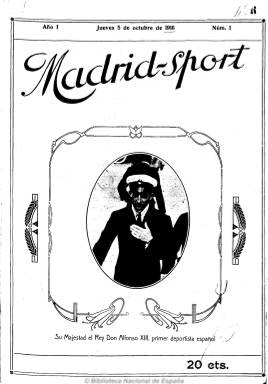
Título: Madrid-sport (Madrid)
Otros títulos: Madrid sport || Madrid sport
Colección: Deportes
Ámbito geográfico: Madrid
Lugar de publicación: Madrid
Fechas: 05/10/1916-25/12/1924

Semanario deportivo (salía los jueves) que se publica durante casi nueve años, entre el cinco de octubre de 1916 y el 25 de diciembre de 1924, en un momento en el que los periódicos y revistas de este tipo –que se decían profesionales- se multiplicaban en España. Sin embargo, fue fundado por cuatro jóvenes que se proclamaron “amateurs”, es decir, “no profesionales”, cuyo objetivo era difundir la afición, desarrollo y ejercicio de la cultura física y el sport, término de procedencia anglosajona que se había instalado en la sociedad y la prensa española en las primeras dos décadas del siglo veinte.

Como revista ilustrada de deportes, en su primera cubierta –todas ellas fueron ocupadas por un fotograbado y estampada la tipografía a dos tintas- aparece el rey Alfonso XIII, con el pie de texto que indica que se trata del “primer deportista español”. Pretendió también dedicar páginas al turismo y al “gran mundo”, sin conseguirlo, así como “conquistar” para el deporte al público femenino. Sus entregas comenzaron siendo de 24 páginas, con algunas otras fotografías de deportes y caricaturas (Gente conocida) en sus páginas interiores, compuestas estas a dos columnas. Mantuvo a lo largo de su existencia su principal sección bajo el anglicismo Football y otras aparecieron bajo los epígrafes Lawn-Tennis y Base-ball, en un momento en el que se debatía sobre la castellanización de estos términos, como es el caso, precisamente, del artículo que publica en su número 74.

Cada entrega comienza con un editorial o artículo de fondo sobre el fenómeno deportivo y la rápida evolución y controversias que estaba experimentando, y a través de reportajes, comentarios, entrevistas y noticias, informa de otros deportes, como el hipismo (hípica), automovilismo, motorismo, ciclismo, natación, atletismo o boxeo. Da cuenta de los partidos de fútbol, de concursos oficiales, de las sociedades, clubes y federaciones deportivas. También llega a tener las secciones Ecos deportivos y Última hora, con breves noticias. Indica que cuenta con corresponsales en París, Londres, Lisboa, St. Gall (Suiza) y Bolonia (Italia), además de en las provincias españolas.

Entre sus redactores o colaboradores se encuentran los nombres de Ricardo Menéndez Rocamora, Leonardo Ordoño (que aparecerá como director en la cabecera durante unos meses), Manuel Bernar, J. Mateos (que aparecerá también durante un tiempo como redactor-jefe, al igual que P. Hernández), José Senén de la Fuente y Juan López García. Éste utilizaba el seudónimo Balompédico, siendo muy usual la firma de los textos con alias, como Horcius, Crairs, Tack o Claridades, entre otros muchos. También aparece alguna que otra colaboración de periodistas deportivos ya consagrados, como es el caso del entonces director de El mundo deportivo (1906), Narciso Masferrer (1867-1941).

Resalta de esta publicación el hecho de que muy pronto –y hasta el final- aparezcan bajo su cabecera los nombres de Julio Chulilla Gazol (1887-1960) como su director-gerente, y Luis Chulilla, como administrador. El primero había sido jugador y uno de los fundadores del Madrid Foot-ball Club (tenía el carné de socio número 2 de entonces) y fue su secretario desde 1912 a 1924. Si la revista había empezado a salir del Establecimiento Tipográfico de Manuel García y Galo Sáez y, después de Tipografía Giralda, a partir del 12 de junio de 1919 (número 141) lo fue de los propios talleres de Madrid-sport -Tipografía Hispana-, la imprenta que adquirió el propio Chulilla, quien, en 1921, se asoció con Felipe Ángel Rodríguez para formar la compañía Chulilla y Ángel. Aunque desconocía el arte tipográfico y sólo se ocupaba de la parte comercial, Chulilla estampará la edición príncipe de Fermín Galán: romance de ciego en tres actos (1931), de Rafael Alberti, la revista oficial del Real Madrid, C.F., y, a partir de 1936, impresos propagandísticos de las Juventudes de Izquierda Republicana.

Madrid-sport, que siempre había contado con varias páginas de generosas inserciones publicitarias (con anuncios sobre artículos deportivos y de marcas y talleres de automóviles, entre otros), irá reduciendo el número de sus páginas – a 22, 20 y 16- y dejará de publicar fotograbados en el interior de la revista, quejándose de la enorme subida de los precios de las materias primas para su impresión. El precio de cada número había subido de 20 a 30 céntimos y, según la estadística de 1920, su tirada ordinaria había sido de 2.500 ejemplares. En su despedida expresará que había empezado a publicarse “en tiempos más sanos y al calor de un ideal”, pero que la prensa diaria había comprendido que informar del deporte era ya un negocio, al que dedicaba “toda la atención que siempre mereció”.